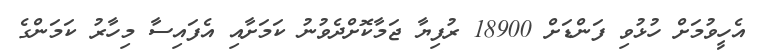
އެހީވުމަށް ހުޅުވި ފަންޑަށް 18900 ރުފިޔާ ޖަމާކޮށްދެވުނު ކަމަށާއި އެފައިސާ މިހާރު ކަމަންގެ